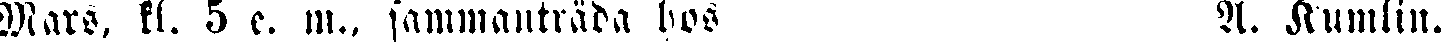
Mars, kl. 5 e. m.. sammanträda hos A. Kumlin.